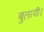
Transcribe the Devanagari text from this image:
बुलायी।